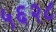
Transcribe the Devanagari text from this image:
५६२८